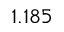
1 . 1 8 5